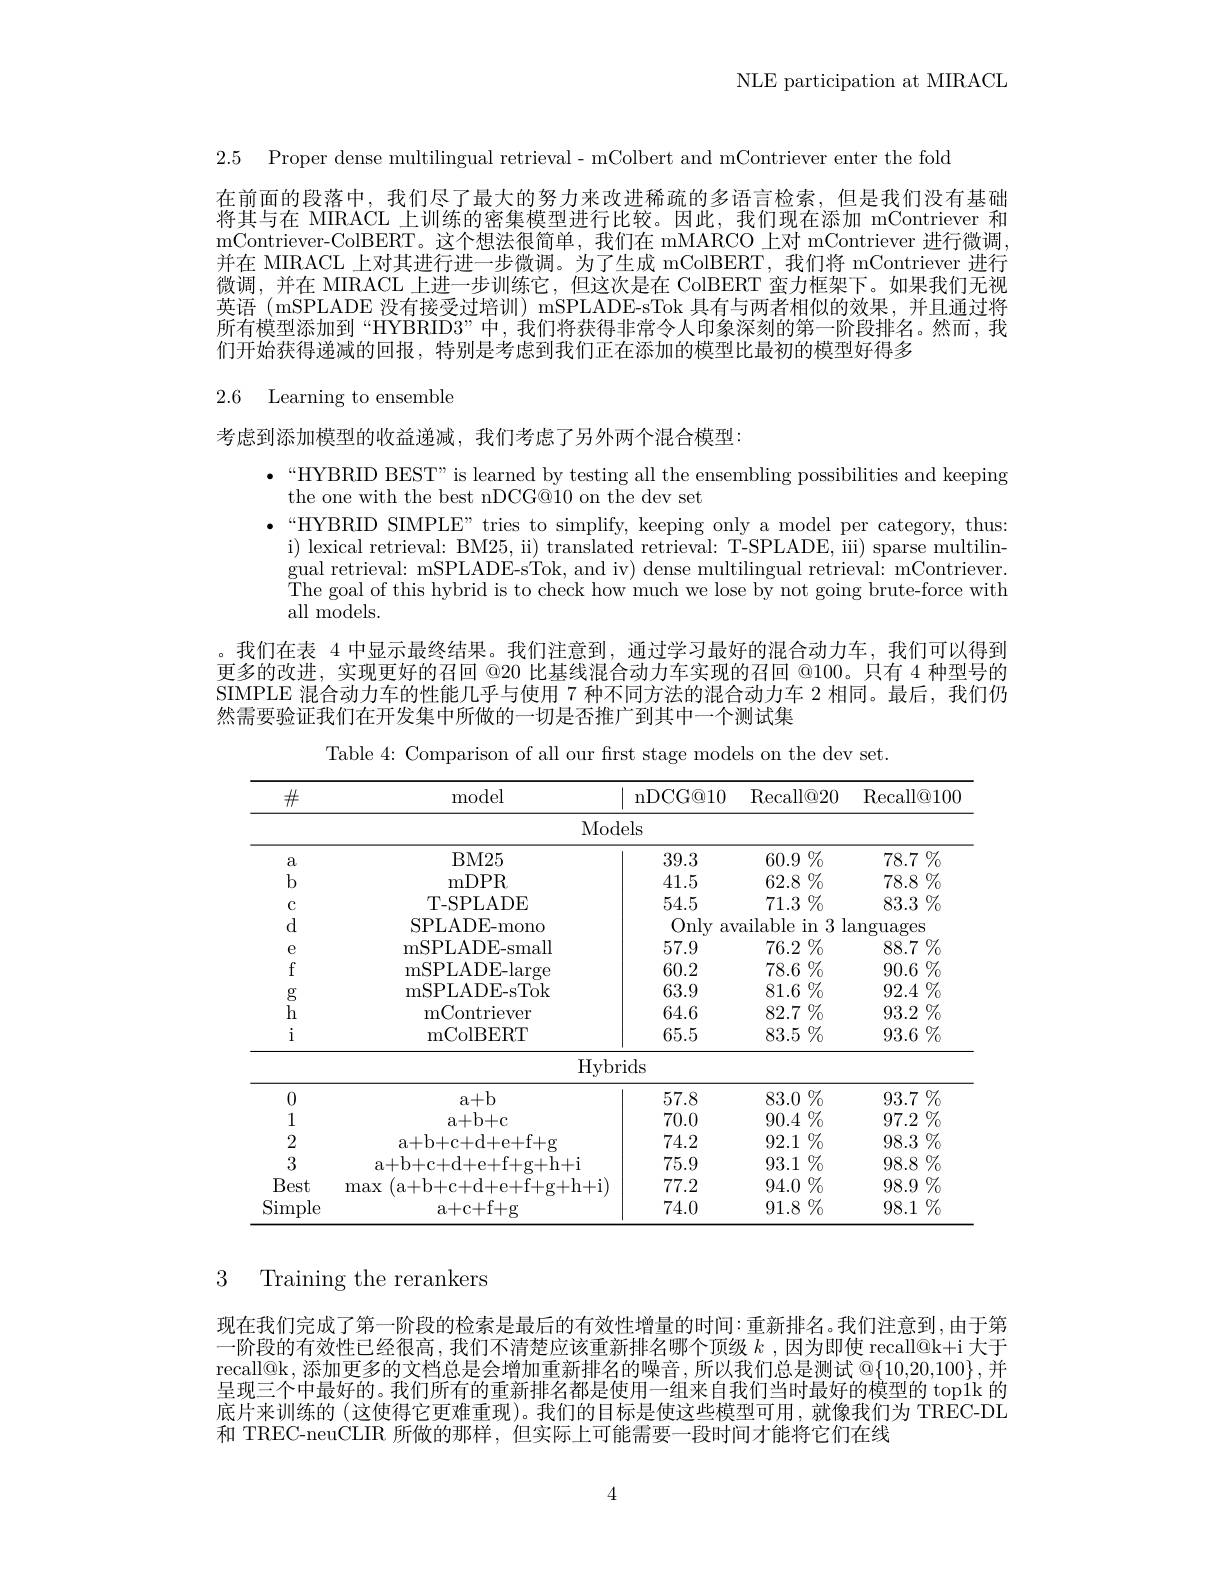
NLE participation at MIRACL

2.5 Proper dense multilingual retrieval- mColbert and mContriever enter the fold

在前面的段落中，我们尽了最大的努力来改进稀疏的多语言检索，但是我们没有基础将其与在 MIRACL 上训练的密集模型进行比较。因此，我们现在添加 mContriever 和mContriever-ColBERT。这个想法很简单，我们在 mMARCO 上对 mContriever 进行微调并在 MIRACL 上对其进行进一步微调。为了生成 mColBERT,我们将 mContriever 进行微调，并在 MIRACL 上进一步训练它，但这次是在 ColBERT 蛮力框架下。如果我们无视英语 (mSPLADE 没有接受过培训) mSPLADE-sTok 具有与两者相似的效果，并且通过将所有模型添加到“HYBRID3”中，我们将获得非常令人印象深刻的第一阶段排名。然而，我们开始获得递减的回报，特别是考虑到我们正在添加的模型比最初的模型好得多

# 2.6 Learning to ensemble

考虑到添加模型的收益递减，我们考虑了另外两个混合模型：

the one with the best nDCG@10 on the dev set
$\bullet$“HYBRID SIMPLE”tries to simplify, keeping only a model per category, thus:
i) lexical retrieval: BM25, ii) translated retrieval: T-SPLADE, iii) sparse multilingual retrieval: mSPLADE-sTok, and iv) dense multilingual retrieval: mContriever. $\bar{\text{The goal of this hybrid is to check how much we lose by not going brute-force with}}$ all models.

·“HYBRID BEST” is learned by testing all the ensembling possibilities and keeping ,我们在表4中显示最终结果。我们注意到，通过学习最好的混合动力车，我们可以得到更多的改进，实现更好的召回 @20 比基线混合动力车实现的召回 @100。只有 4 种型号的SIMPLE 混合动力车的性能几乎与使用 7 种不同方法的混合动力车 2 相同。最后，我们仍然需要验证我们在开发集中所做的一切是否推广到其中一个测试集

Table 4: Comparison of all our frst stage models on the dev set.

<table>
	<tbody>
		<tr>
			<th>$\#$</th>
			<th>model</th>
			<th>nDCG@ 10</th>
			<th>$\operatorname{Recall@20}$</th>
			<th>$\operatorname{Recall@100}$</th>
		</tr>
		<tr>
			<td> </td>
			<td> </td>
			<td>Iodels</td>
			<td> </td>
			<td> </td>
		</tr>
		<tr>
			<td>a</td>
			<td>BM25</td>
			<td>39.3</td>
			<td>$60.9\%$</td>
			<td>78.7 $\%$</td>
		</tr>
		<tr>
			<td>$b$</td>
			<td>mDPR</td>
			<td>41.5</td>
			<td>62.8 $\%$</td>
			<td>$78.8\%$</td>
		</tr>
		<tr>
			<td>C</td>
			<td>T-SPLADE</td>
			<td>54.5</td>
			<td>71.3 $\%$</td>
			<td>83.3 $\%$</td>
		</tr>
		<tr>
			<td>d</td>
			<td>SPLADE-mono</td>
			<td>Only $av$</td>
			<td>ailable in 3 l</td>
			<td>$\operatorname{anguages}$</td>
		</tr>
		<tr>
			<td>$e$</td>
			<td>mSPLADE- small</td>
			<td>57.9</td>
			<td>76.2 $\%$</td>
			<td>88.7 $\%$</td>
		</tr>
		<tr>
			<td>$f$</td>
			<td>mSPLADE- large</td>
			<td>60.2</td>
			<td>78.6 $\%$</td>
			<td>$90.6\%$</td>
		</tr>
		<tr>
			<td>$g$</td>
			<td>mSPLADE- sTok</td>
			<td>63.9</td>
			<td>81.6 $\%$</td>
			<td>$92.4\%$</td>
		</tr>
		<tr>
			<td>h</td>
			<td>mContriever</td>
			<td>64.6</td>
			<td>82.7 $\%$</td>
			<td>93.2 $\%$</td>
		</tr>
		<tr>
			<td>i</td>
			<td>mColBERT</td>
			<td>65.5</td>
			<td>83.5 $\%$</td>
			<td>93.6 $\%$</td>
		</tr>
		<tr>
			<td> </td>
			<td>$H$</td>
			<td>ybrids</td>
			<td> </td>
			<td> </td>
		</tr>
		<tr>
			<td>0</td>
			<td>a+ b</td>
			<td>57.8</td>
			<td>83.0 $\%$</td>
			<td>93.7 $\%$</td>
		</tr>
		<tr>
			<td>1</td>
			<td>a+ b+ c</td>
			<td>70.0</td>
			<td>$90.4\%$</td>
			<td>$97.2\%$</td>
		</tr>
		<tr>
			<td>2</td>
			<td>a+ b+ c+ d+ e+ f+ g</td>
			<td>74.2</td>
			<td>$92.1\%$</td>
			<td>98.3 $\%$</td>
		</tr>
		<tr>
			<td>3</td>
			<td>a+ b+ c+ d+ e+ f+ g+ h+ i</td>
			<td>75.9</td>
			<td>93.1 $\%$</td>
			<td>$98.8\%$</td>
		</tr>
		<tr>
			<td>Best</td>
			<td>a+ b+ c+ d+ e+ f+ g+ h- max</td>
			<td>77.2 1 1</td>
			<td>$94.0\%$</td>
			<td>$98.9\%$</td>
		</tr>
		<tr>
			<td>Simple</td>
			<td>a+ c+ f+ g</td>
			<td>74.0</td>
			<td>$91.8\%$</td>
			<td>$98.1\%$</td>
		</tr>
	</tbody>
</table>

# 3 Training the rerankers

现在我们完成了第一阶段的检索是最后的有效性增量的时间：重新排名。我们注意到，由于第一阶段的有效性已经很高，我们不清楚应该重新排名哪个顶级 $k$,因为即使 recall@k+i 大于recall@k,添加更多的文档总是会增加重新排名的噪音，所以我们总是测试$@\{10,20,100\}$,并呈现三个中最好的。我们所有的重新排名都是使用一组来自我们当时最好的模型的 top1k 的底片来训练的 (这使得它更难重现)。我们的目标是使这些模型可用，就像我们为 TREC-DL 和 TREC-neuCLIR 所做的那样，但实际上可能需要一段时间才能将它们在线

4